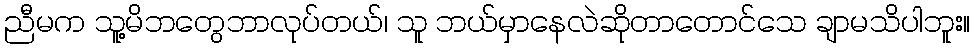
ညီမက သူ့မိဘတွေဘာလုပ်တယ်၊ သူ ဘယ်မှာနေလဲဆိုတာတောင်သေ ချာမသိပါဘူး။